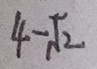
4 - \sqrt { 2 }